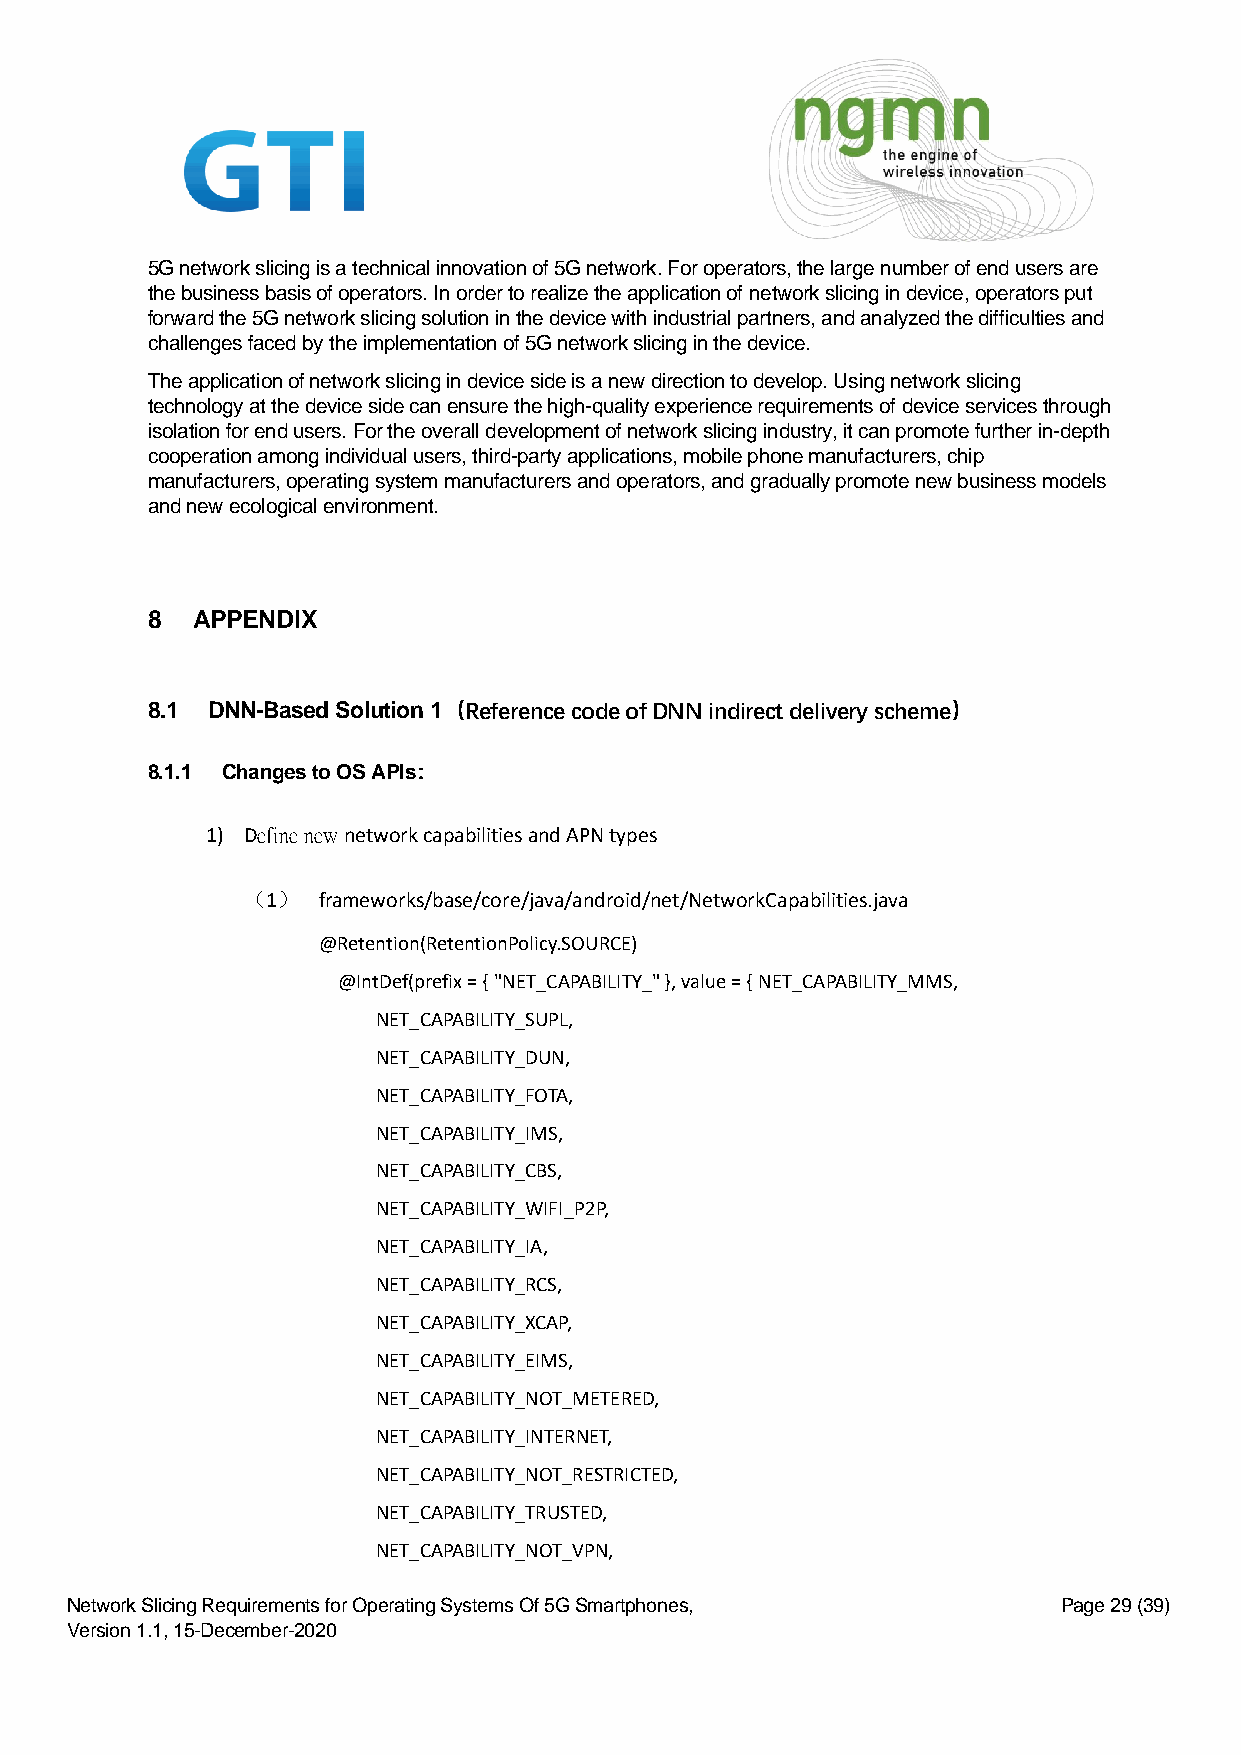
5G network slicing is a technical innovation of 5G network. For operators, the large number of end users are
 the business basis of operators. In order to realize the application of network slicing in device, operators put
 forward the 5G network slicing solution in the device with industrial partners, and analyzed the difficulties and
 challenges faced by the implementation of 5G network slicing in the device.
 The application of network slicing in device side is a new direction to develop. Using network slicing
 technology at the device side can ensure the high-quality experience requirements of device services through
 isolation for end users. For the overall development of network slicing industry, it can promote further in-depth
 cooperation among individual users, third-party applications, mobile phone manufacturers, chip
 manufacturers, operating system manufacturers and operators, and gradually promote new business models
 and new ecological environment.
 8  APPENDIX
 8.1 DNN-Based Solution 1（Reference code of DNN indirect delivery scheme）
 8.1.1 Changes to OS APIs：
 1) Define new network capabilities and APN types
 （1）  frameworks/base/core/java/android/net/NetworkCapabilities.java
 @Retention(RetentionPolicy.SOURCE)
 @IntDef(prefix = { "NET_CAPABILITY_" }, value = { NET_CAPABILITY_MMS,
 NET_CAPABILITY_SUPL,
 NET_CAPABILITY_DUN,
 NET_CAPABILITY_FOTA,
 NET_CAPABILITY_IMS,
 NET_CAPABILITY_CBS,
 NET_CAPABILITY_WIFI_P2P,
 NET_CAPABILITY_IA,
 NET_CAPABILITY_RCS,
 NET_CAPABILITY_XCAP,
 NET_CAPABILITY_EIMS,
 NET_CAPABILITY_NOT_METERED,
 NET_CAPABILITY_INTERNET,
 NET_CAPABILITY_NOT_RESTRICTED,
 NET_CAPABILITY_TRUSTED,
 NET_CAPABILITY_NOT_VPN,
 Network Slicing Requirements for Operating Systems Of 5G Smartphones, Page 29 (39)
 Version 1.1, 15-December-2020